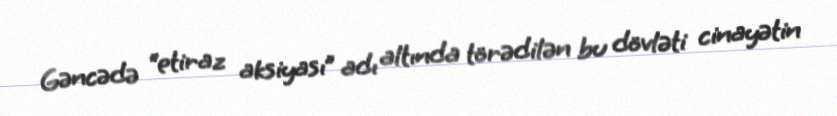
Gəncədə “etiraz aksiyası” adı altında törədilən bu dövləti cinayətin